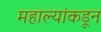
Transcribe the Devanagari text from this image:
महाल्यांकडून